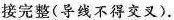
接完整(导线不得交叉)。